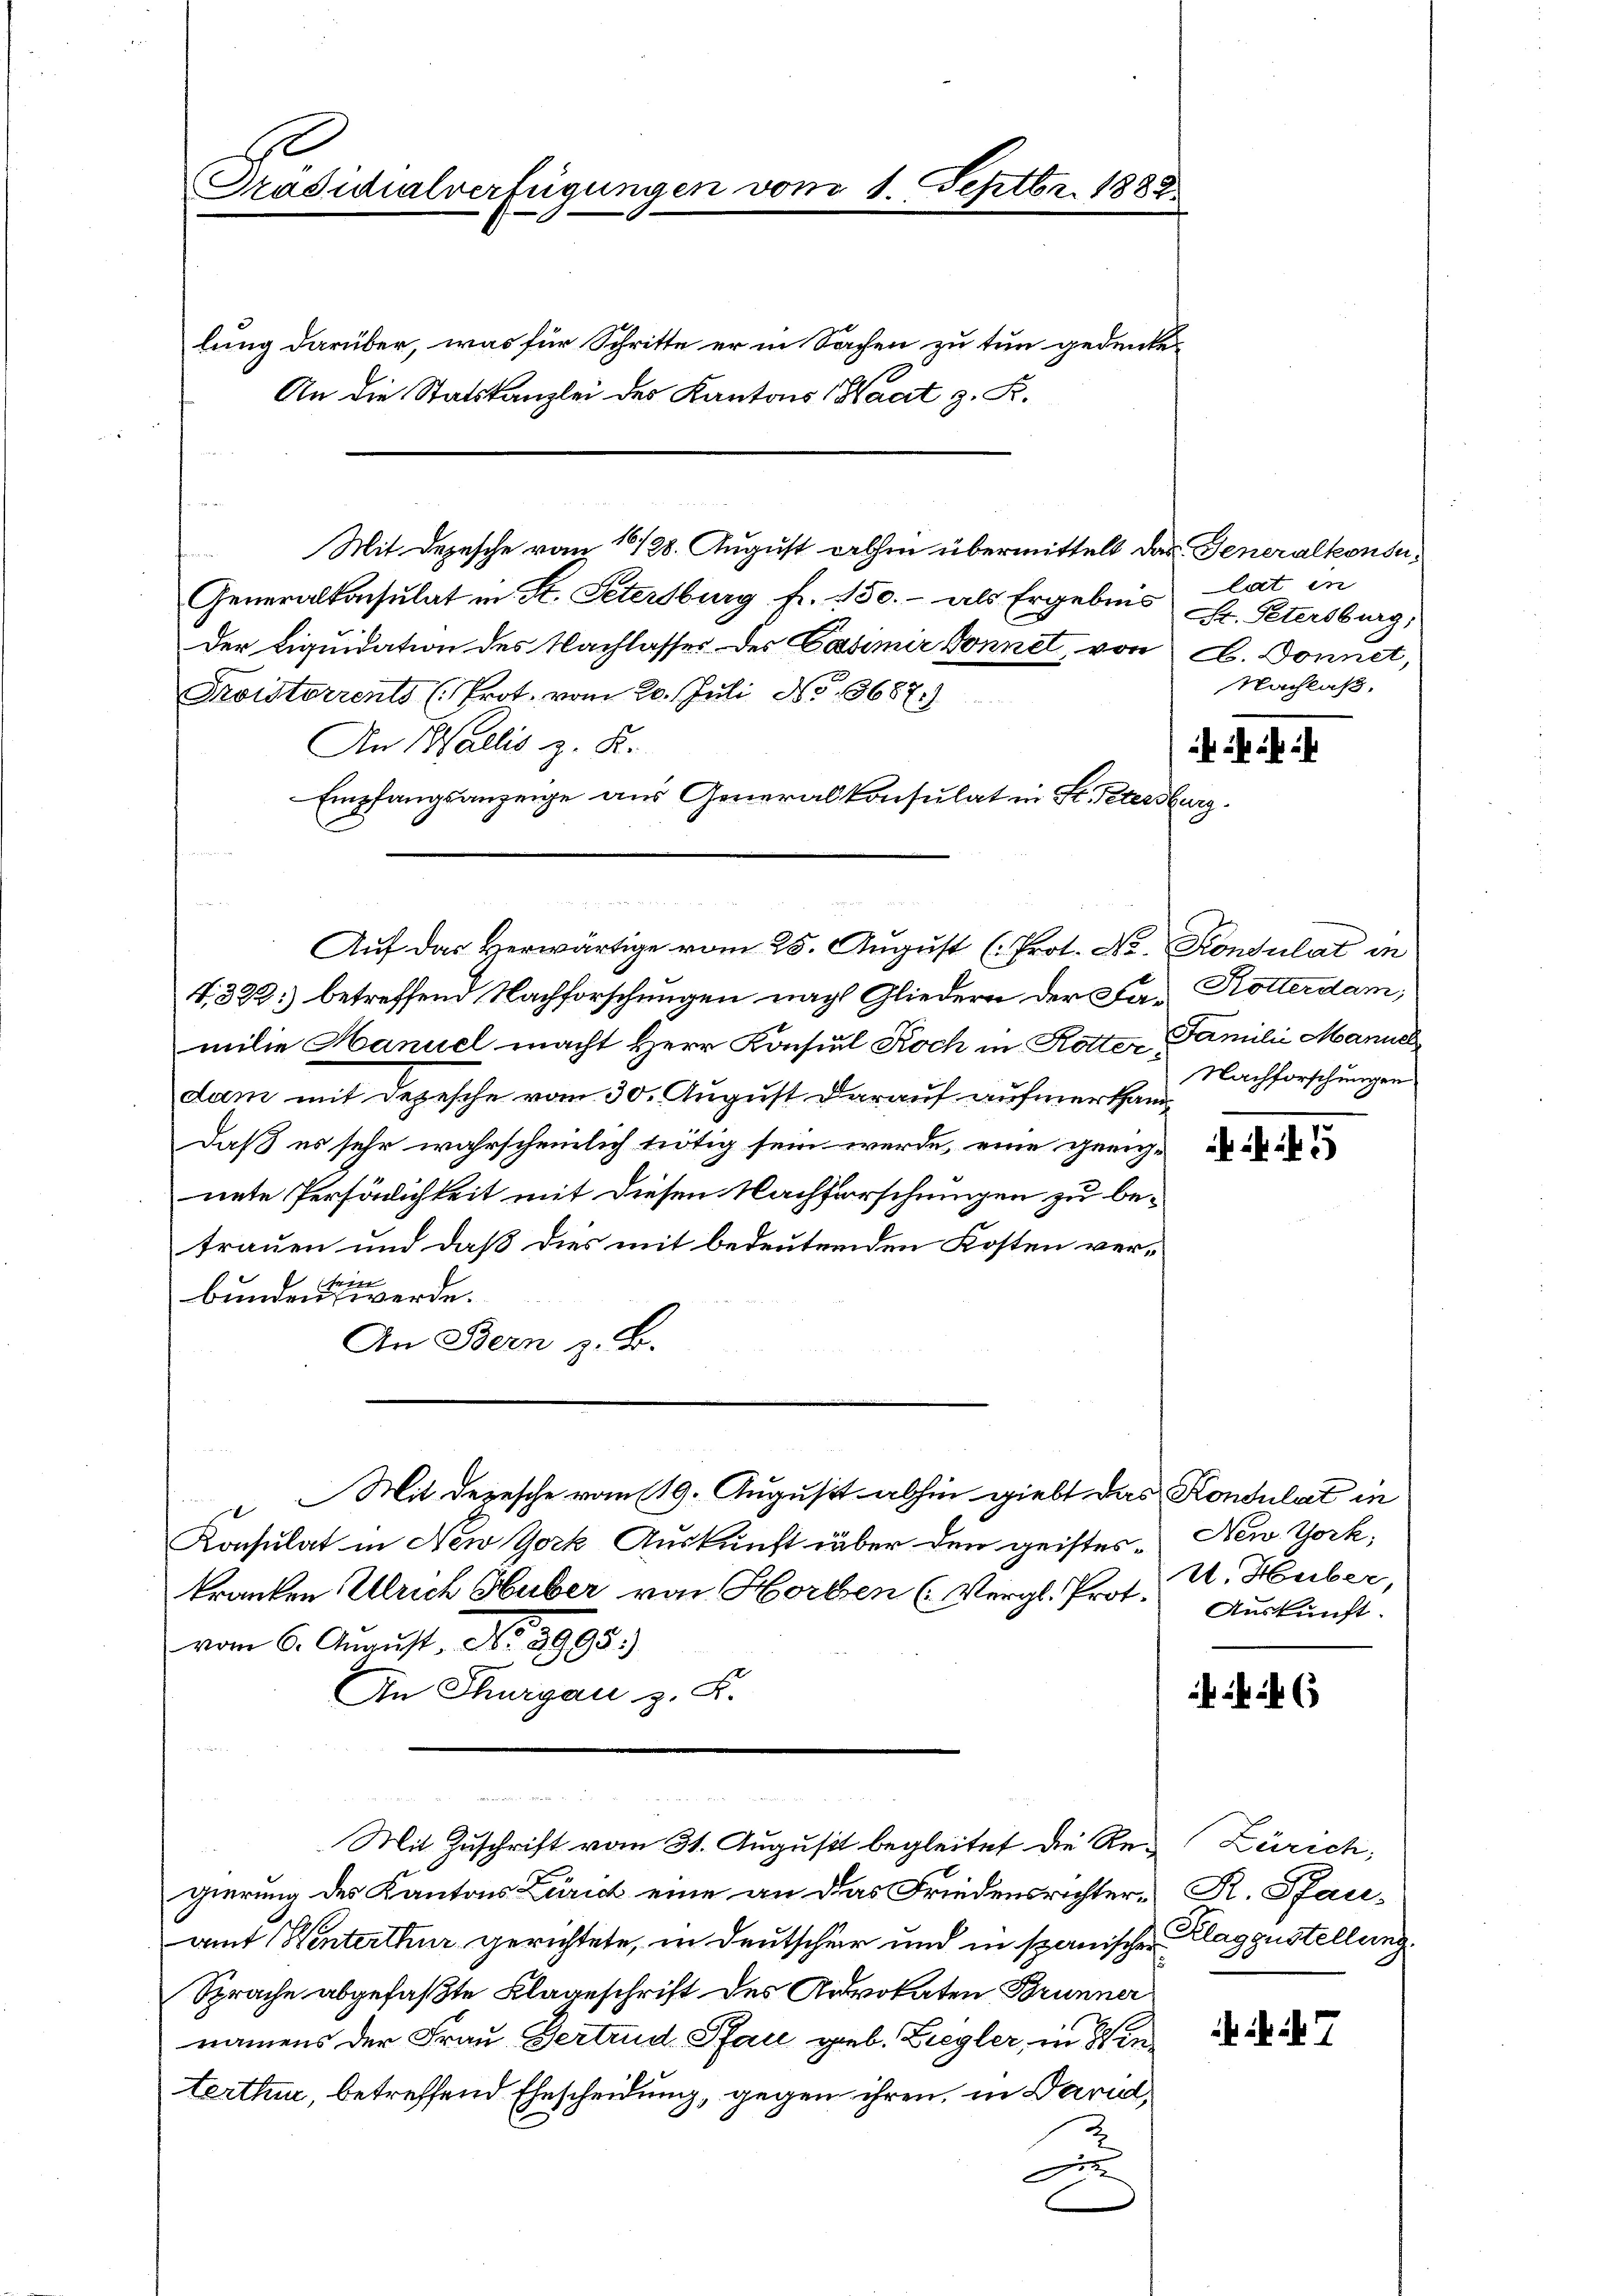
lung darüber, was für Schritte er in Sachen zu tun gedenke¬
An die Statskanzlei des Kantons Haat z. B.
Mit Depesche vom 16/28. August dahin übermittelt das Generalkonsu¬
Kronen Rede.
Generalkonsulat in St. Petersburg fr. 150.- als Ergebnis L. Petersburg,
Der Liquidation des Nachlasser des Casimir Sonnet, von A. Donnet,
Froisterrents (Prot. vom 20. Juli No 13687.)
An Wallis z. K.
Empfangsanzeige aus Generalkonsulat in St. Petersburg.
V. 323) betreffend Nachforschungen nach Gliedern der Familie Manuel macht Herr Konsul Koch in Rotter Familii Manne
dam mit Depesche vom 30. August darauf aufmerkham
daß es sehr wahrscheinlich nötig sein werde, eine gerich-
nete Persönlichkeit mit diesen Nachforschungen zu betrauen und daß dies mit bedeutenden Kosten ver-
bunden werde.
An Bern z. B.
Mit Depesche vom 19. August abhin giebt das Kondulat in
Konsulat in New York Auskunft über den geisteskranken Ulrich Huber von Horben (Vergl. Prot. Auskunft.
vom 6. August. No. 2998.)
An Thurgau z. K.
Mit Zuschrift vom 31. August begleitet die Re-Zürich,
gierung des Kantons Zürich eine an das Friedensrichter-R. Pfauamt Winterthur gerichtete, in Deutscher und in spanische Klaggustellung.
Sprache abgefaßte Klageschrift des Advokaten Brunner
namens der Frau Vertrud Pfau geb. Ziegler, in Win
terthur, betreffend Ehescheidung, gegen ihren, in Dari¬
E
u

10
Präsidialverfügungen vom 1. Septbr. 1888

Auf das Herwärtige vom 25. August (Prot. No. Konsulat in

lat in
Nachlaß,

Rotterdam;
Nachforschungen

New York,
U. Huber,